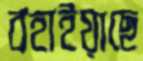
বহাইয়াছে